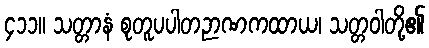
၄၁၁။ သတ္တာနံ စုတူပပါတဉာဏကထာယ၊ သတ္တဝါတို့၏